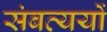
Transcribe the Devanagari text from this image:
संबत्ययों